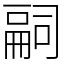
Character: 𠻸